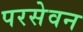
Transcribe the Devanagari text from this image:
परसेवन